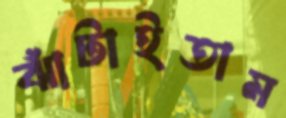
ঝাঁটাইতাম